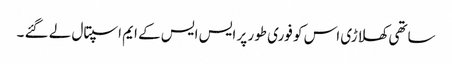
ساتھی کھلاڑی اس کو فوری طور پر ایس ایس کے ایم اسپتال لے گئے ۔